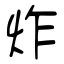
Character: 炸